Vaccine operations Central Provinces 1900-1911 - 1900-1911
Year: 1900
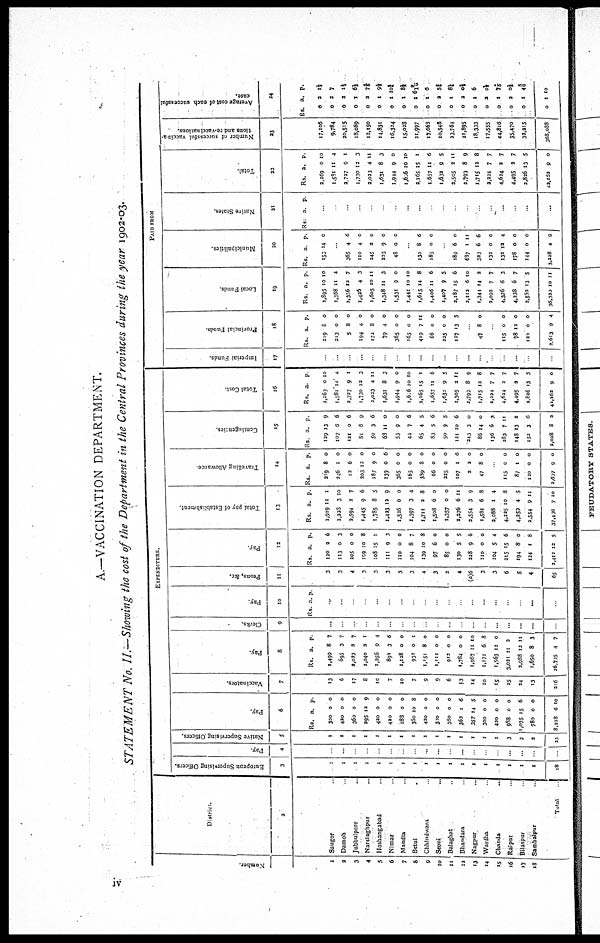
A.—VACCINATION DEPARTMENT.
STATEMENT No. II.—Showing the cost of the Department in the Central Provinces during the year 1902-03.
Number.
1
3
3
4
5
6
7
8
9
10
11
12
13
14
15
16
17
18
District.
2
Saugor
Damoh
Jubbulpore ...
Narsinghpur ...
Hoshangabad ...
Nimar ...
Mandla ...
Betul ...
Chhindwara ...
Seoni ...
Balaghat ...
Bhandara ...
Nagpur ...
Wardha ...
Chanda ...
Raipur ...
Bilaspur ...
Sambalpur ...
Total
EXPENDITURE.
European Supervising Officers.
3
1
1
1
1
1
1
1
1
1
1
1
1
1
1
1
1
1
1
18
Pay
4
...
...
...
Native Supervising Officers.
5
1
1
1
1
1
1
1
1
1
1
1
1
1
1
1
3
3
2
23
Pay.
6
Rs.
300
420
360
295
420
420
283
360
430
300
360
363
357
300
420
988
1,075
780
8,228
a.
0
0
0
12
0
0
0
10
0
0
0
1
14
0
0
0
15
0
6
p
0
0
0
9
0
0
0
8
0
0
0
6
5
0
0
0
6
0
10
Vaccinators.
7
13
6
17
8
10
7
10
7
9
9
6
13
14
10
15
25
24
13
216
Pay
8
Rs
1,499
695
2,020
1,040
1,256
892
1,128
932
1,151
1,111
912
1,784
1,967
1,171
1,563
3,031
3,938
1,650
26,705
a.
8
3
2
2
9
3
0
0
8
0
0
0
11
6
12
11
12
8
4
p
7
7
7
1
4
6
0
1
0
0
0
0
10
8
0
2
11
3
7
Clerks.
9
...
...
...
...
...
...
...
...
...
...
...
...
...
...
...
...
...
...
...
Pay.
10
Rs a. p
...
...
...
...
...
...
...
...
...
...
...
...
...
...
...
...
...
...
...
Peons, &c.
11
3
3
4
3
3
3
3
3
4
3
2
4
(a)6
3
3
6
5
4
65
Pay
12
Rs
120
113
205
109
108
111
110
104
139
97
85
130
228
110
104
215
194
124
3,412
a
2
0
0
10
15
9
0
8
10
6
0
5
9
0
5
15
8
1
12
p.
6
3
0
8
1
3
0
7
8
0
0
5
6
0
4
6
0
8
5
Total pay of Establishment
13
Rs
1,919
1,223
2,594
1,445
1,785
1,423
1,526
1,397
1,711
1,508
1,357
2,276
2,554
1,581
2,088
4,225
4,259
2,554
37,430
a.
11
3
2
9
8
12
0
3
2
6
0
6
3
6
1
10
4
9
7
p
1
10
7
6
5
9
0
4
8
0
0
11
9
8
4
8
5
11
10
Travelling Allowance
14
Rs
219
206
13
203
187
139
365
165
389
66
225
107
2
47
a
8
1
6
13
9
0
0
0
8
0
0
1
2
8
p
0
0
0
0
0
6
0
0
0
0
0
6
0
0
...
115
87
120
2,697
0
1
0
9
0
0
0
0
Contingencies
15
Rs
129
107
121
81
50
63
53
44
65
83
50
121
243
86
136
283
148
152
2,028
a.
13
6
0
6
3
11
9
7
4
5
9
10
3
14
6
7
13
3
8
p
9
6
6
9
6
0
0
6
5
6
5
6
0
0
1
11
2
6
2
Total Cost
16
Rs.
2,267
1,581
2,727
1,730
2,023
1,631
1,944
1,606
2,165
1,657
1,631
2,505
2,799
1,715
2,224
4,624
4,495
2,826
42,163
a
0
11
9
12
4
8
0
10
15
11
9
3
8
13
7
2
2
13
9
p
10
4
1
3
11
3
0
10
1
6
5
11
9
8
7
7
7
5
0
PAID FROM
Imperial Funds.
17
...
...
...
...
...
...
...
Provincial Funds
18
Rs.
219
213
5
194
172
79
365
165
419
66
225
127
a
8
0
8
4
8
4
0
0
7
0
0
13
p.
0
0
0
0
0
0
0
0
11
0
0
5
...
47 8 0
...
115
78
120
2,613
0
12
0
9
0
0
0
4
Local Funds
19
Rs
1,895
1,368
2,356
1,425
1,605
1,348
1,531
1,441
1,615
1,406
1,407
2,187
2,112
1,344
2,092
4,376
4,238
2,552
36,300
a.
10
11
12
4
10
11
9
10
14
11
9
15
6
14
7
6
6
13
10
p
10
4
7
3
11
3
0
10
8
6
5
6
10
2
7
3
7
5
11
Municipalities
20
Rs
153
a
14
p.
0
...
365
110
245
203
48
4
4
2
9
0
6
0
0
0
0
...
130
185
8
0
6
0
...
189
637
323
132
132
178
144
3,228
6
1
6
0
12
0
0
4
0
11
6
0
4
0
0
9
Native States.
21
Rs a p
...
...
...
...
...
...
...
...
...
...
...
...
...
...
...
...
...
...
...
Total
22
Rs
2,269
1,581
2,727
1,730
2,023
1,631
1,944
1,606
2,165
1,657
1,632
2,505
2,799
1,715
2,224
4,624
4,495
2,826
42,152
a.
0
11
9
12
4
8
9
10
15
11
9
3
8
12
7
2
2
13
9
p
10
4
1
3
11
3
0
10
1
6
5
11
9
3
7
7
7
5
0
Number of successful vaccina-
tions and re-vaccinations.
23
17,106
9,784
20,515
18,089
12,150
14,831
16,324
15,028
21,997
17,663
10,548
33,764
21,895
18,333
17,555
44,816
35,470
32,215
368,088
Average cost of each successful
case.
24
Rs.
0
0
0
0
0
0
0
0
0
0
0
0
0
0
0
0
0
0
0
a.
a2
2
2
1
2
1
1
1
1
1
2
1
2
1
2
1
2
1
1
p.
1¼
7
1½
6½
74/5
9½
10¾
8½
6 9/10
6
5¾
8¼
0½
6
0½
7 4/5
0¼
45/6
10
iv